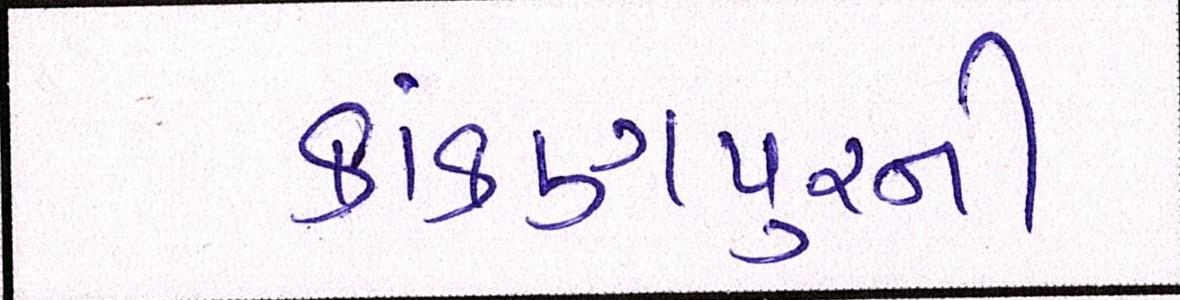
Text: કાંકણપુરની